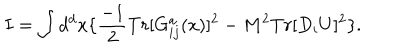
I = \int d ^ { d } x \{ \frac { - 1 } { 2 } T r [ G _ { i j } ^ { a } ( x ) ] ^ { 2 } - M ^ { 2 } T r [ D _ { i } U ] ^ { 2 } \} .